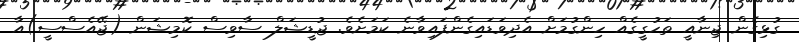
ގުޅިގެން ޖިނާއީ ތަހުގީގެއް ހިންގުމަށް އެދިވަޑައިގެންފައިވާނެ ކަމަށެވެ. ޖުޑީޝަލް ސާވިސް ކޮމިޝަން (ޖޭއެސްސީ)އާ